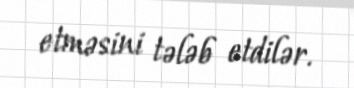
etməsini tələb etdilər.